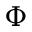
\Phi